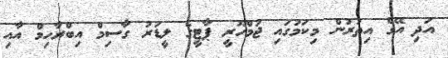
އަދި އޭގެ އިތުރުން މިކަމުގައި ޖުމްހޫރީ ޕާޓީގެ ލީޑަރު ގާސިމް އިބްރާހިމް އާއި